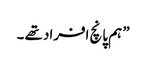
” ہم پانچ افراد تھے ۔